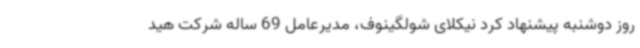
روز دوشنبه پیشنهاد کرد نیکلای شولگینوف، مدیرعامل 69 ساله شرکت هید